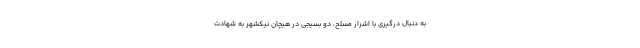
به دنبال درگیری با اشرار مسلح، دو بسیجی در هیچان نیکشهر به شهادت